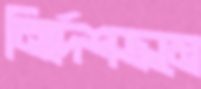
নির্দেশক্রমে